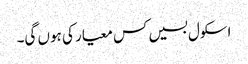
اسکول بسیں کس معیار کی ہوں گی۔